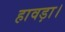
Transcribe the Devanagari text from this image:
हावड़ा।